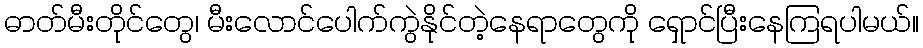
ဓာတ်မီးတိုင်တွေ၊ မီးလောင်ပေါက်ကွဲနိုင်တဲ့နေရာတွေကို ရှောင်ပြီးနေကြရပါမယ်။